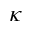
\kappa